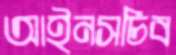
আইনসচিব